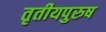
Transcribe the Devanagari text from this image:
तृतीयपुरुष